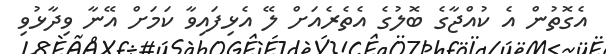
އެގޮތުން އެ ކުއްޖާގެ ބޮލުގެ އެތެރެއަށް ލޭ އެޅިފައިވާ ކަމަށް އޭނާ ވިދާޅުވި